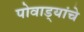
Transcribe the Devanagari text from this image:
पोवाड्यांचेे